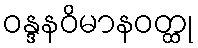
ဝန္ဒနဝိမာနဝတ္ထု